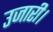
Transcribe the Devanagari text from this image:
उजारी।